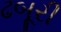
ઢબૂરી